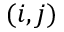
( i , j )